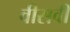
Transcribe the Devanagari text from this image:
वीसवीं